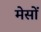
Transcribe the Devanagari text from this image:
मेसों